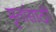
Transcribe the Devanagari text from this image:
मृतांसाठी